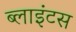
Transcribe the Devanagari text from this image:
ब्लाइंटस